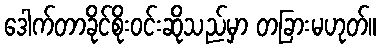
ဒေါက်တာခိုင်စိုးဝင်းဆိုသည်မှာ တခြားမဟုတ်။